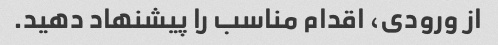
از ورودی، اقدام مناسب را پیشنهاد دهید.